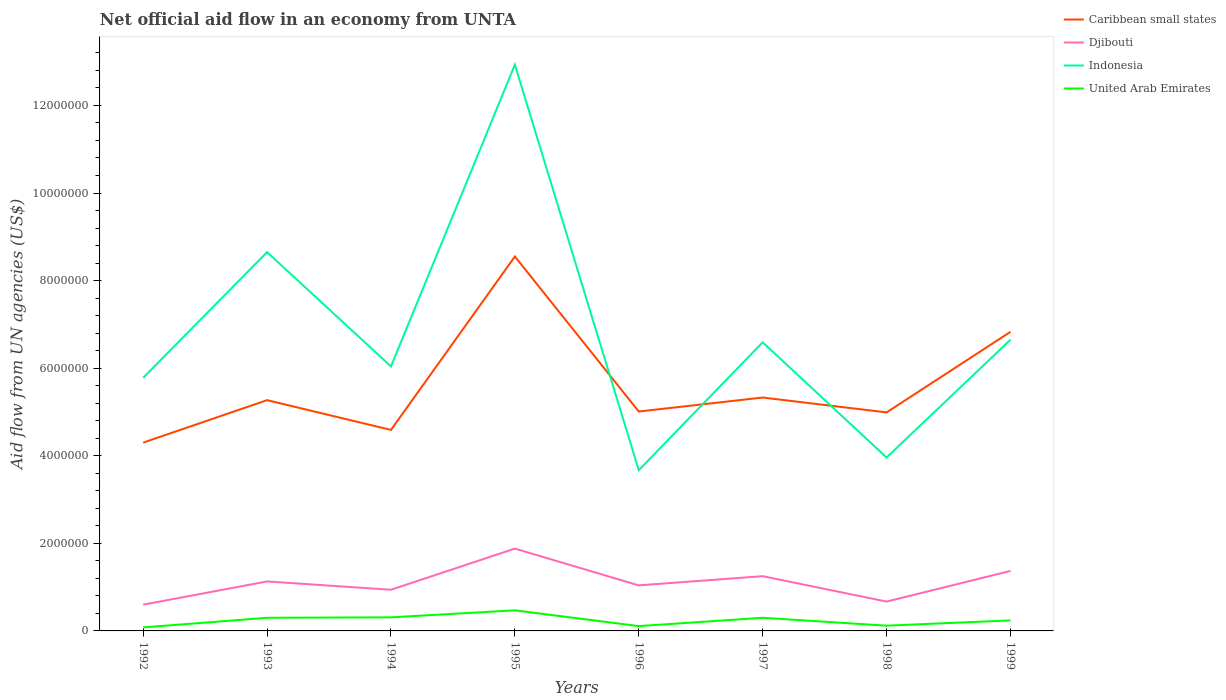
| Years | Caribbean small states | Djibouti | Indonesia | United Arab Emirates |
 | --- | --- | --- | --- | --- |
 | 1992 | 4.3e+06 | 6e+05 | 5.78e+06 | 8e+04 |
 | 1993 | 5.27e+06 | 1.13e+06 | 8.65e+06 | 3e+05 |
 | 1994 | 4.59e+06 | 9.4e+05 | 6.04e+06 | 3.1e+05 |
 | 1995 | 8.55e+06 | 1.88e+06 | 1.29e+07 | 4.7e+05 |
 | 1996 | 5.01e+06 | 1.04e+06 | 3.67e+06 | 1.1e+05 |
 | 1997 | 5.33e+06 | 1.25e+06 | 6.59e+06 | 3e+05 |
 | 1998 | 4.99e+06 | 6.7e+05 | 3.96e+06 | 1.2e+05 |
 | 1999 | 6.83e+06 | 1.37e+06 | 6.65e+06 | 2.4e+05 |